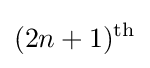
(2n+1)^{\text{th}}